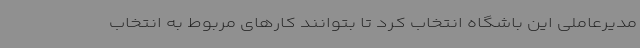
مدیرعاملی این باشگاه انتخاب کرد تا بتوانند کارهای مربوط به انتخاب